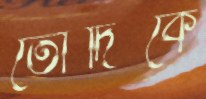
তোদিকে